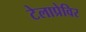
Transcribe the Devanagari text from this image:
टेलाप्रेविर